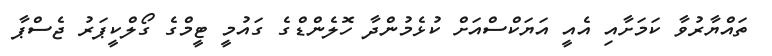
ތައްޔާރުވާ ކަމަށާއި އެއީ އަޔަކްސްއަށް ކުޅެމުންދާ ހޮލެންޑްގެ ގައުމީ ޓީމްގެ ގޯލްކީޕަރު ޖެސްޕާ